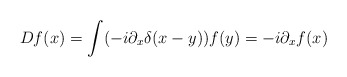
\begin{align*}Df(x)=\int (-i\partial _{x}\delta (x-y))f(y)=-i\partial _{x}f(x)\end{align*}